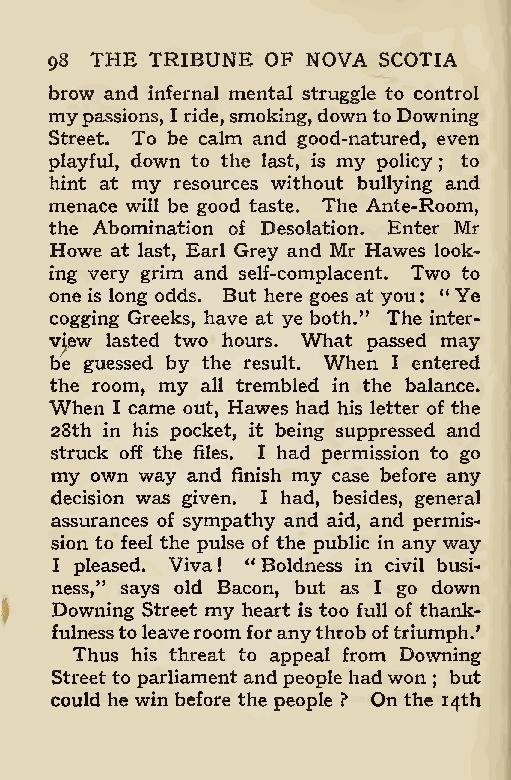
98 THE TRIBUNE OF NOVA SCOTIA
 brow and infernal mental struggle to control
 my passions, I ride,smoking, downto Downing
 Street. To be calm and good-natured, even
 playful, down to the last, is my policy to
 hint at my resources without bullying ; and
 menace will be good taste. The Ante-Room,
 the Abomination of Desolation. Enter Mr
 Howe at last, Earl Grey and Mr Hawes look-
 ing very grim and self-complacent. Two to
 one is long odds. But here goes at you : “Ye
 cogging Greeks, have at ye both.” The inter-
 view lasted two hours. What passed may
 be guessed by the result. When I entered
 the room, my all trembled in the balance.
 When I came out, Hawes had his letter of the
 28th in his pocket, it being suppressed and
 struck off the files. I had permission to go
 my own way and finish my case before any
 decision was given. I had, besides, general
 assurances of sympathy and aid, and permis-
 sion to feel the pulse of the public in any way
 I pleased. Viva ! “ Boldness in civil busi-
 ness,” says old Bacon, but as I go down
 Downing Street my heart is too full of thank-
 fulnesstoleaveroom foranythroboftriumph/
 Thus his threat to appeal from Downing
 Street to parliament and people had won but
 could he win before the people ? On the; 14th